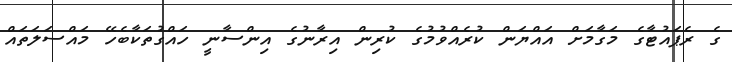
ގެ ރެޕައުޓާގެ މަގާމަށް އައްޔަން ކުރެއްވުމުގެ ކުރިން އިރާނުގެ އިންސާނީ ހައްގުތަކާބެހޭ މައްސަލަތައް